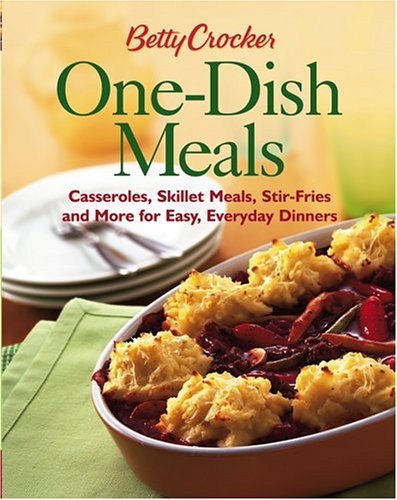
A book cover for Betty Crocker One-Dish Meals: Casseroles, Skillet Meals, Stir-Fries and More for Easy, Everyday Dinners (Betty Crocker Books); Betty Crocker Editors; Cookbooks, Food & Wine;